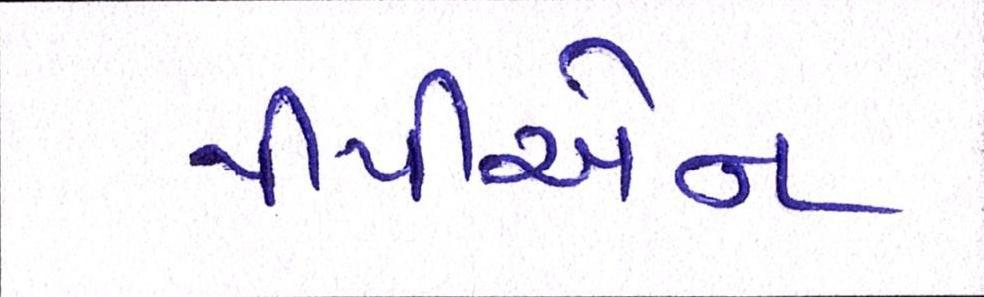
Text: પીપીએન